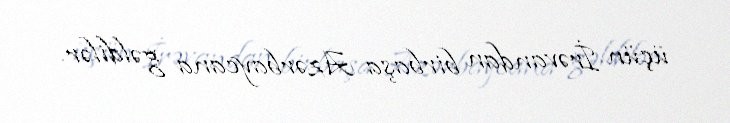
üçün İrəvandan birbaşa Azərbaycana gəldilər.